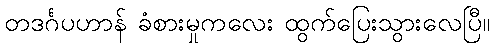
တဒင်္ဂပဟာန် ခံစားမှုကလေး ထွက်ပြေးသွားလေပြီ။